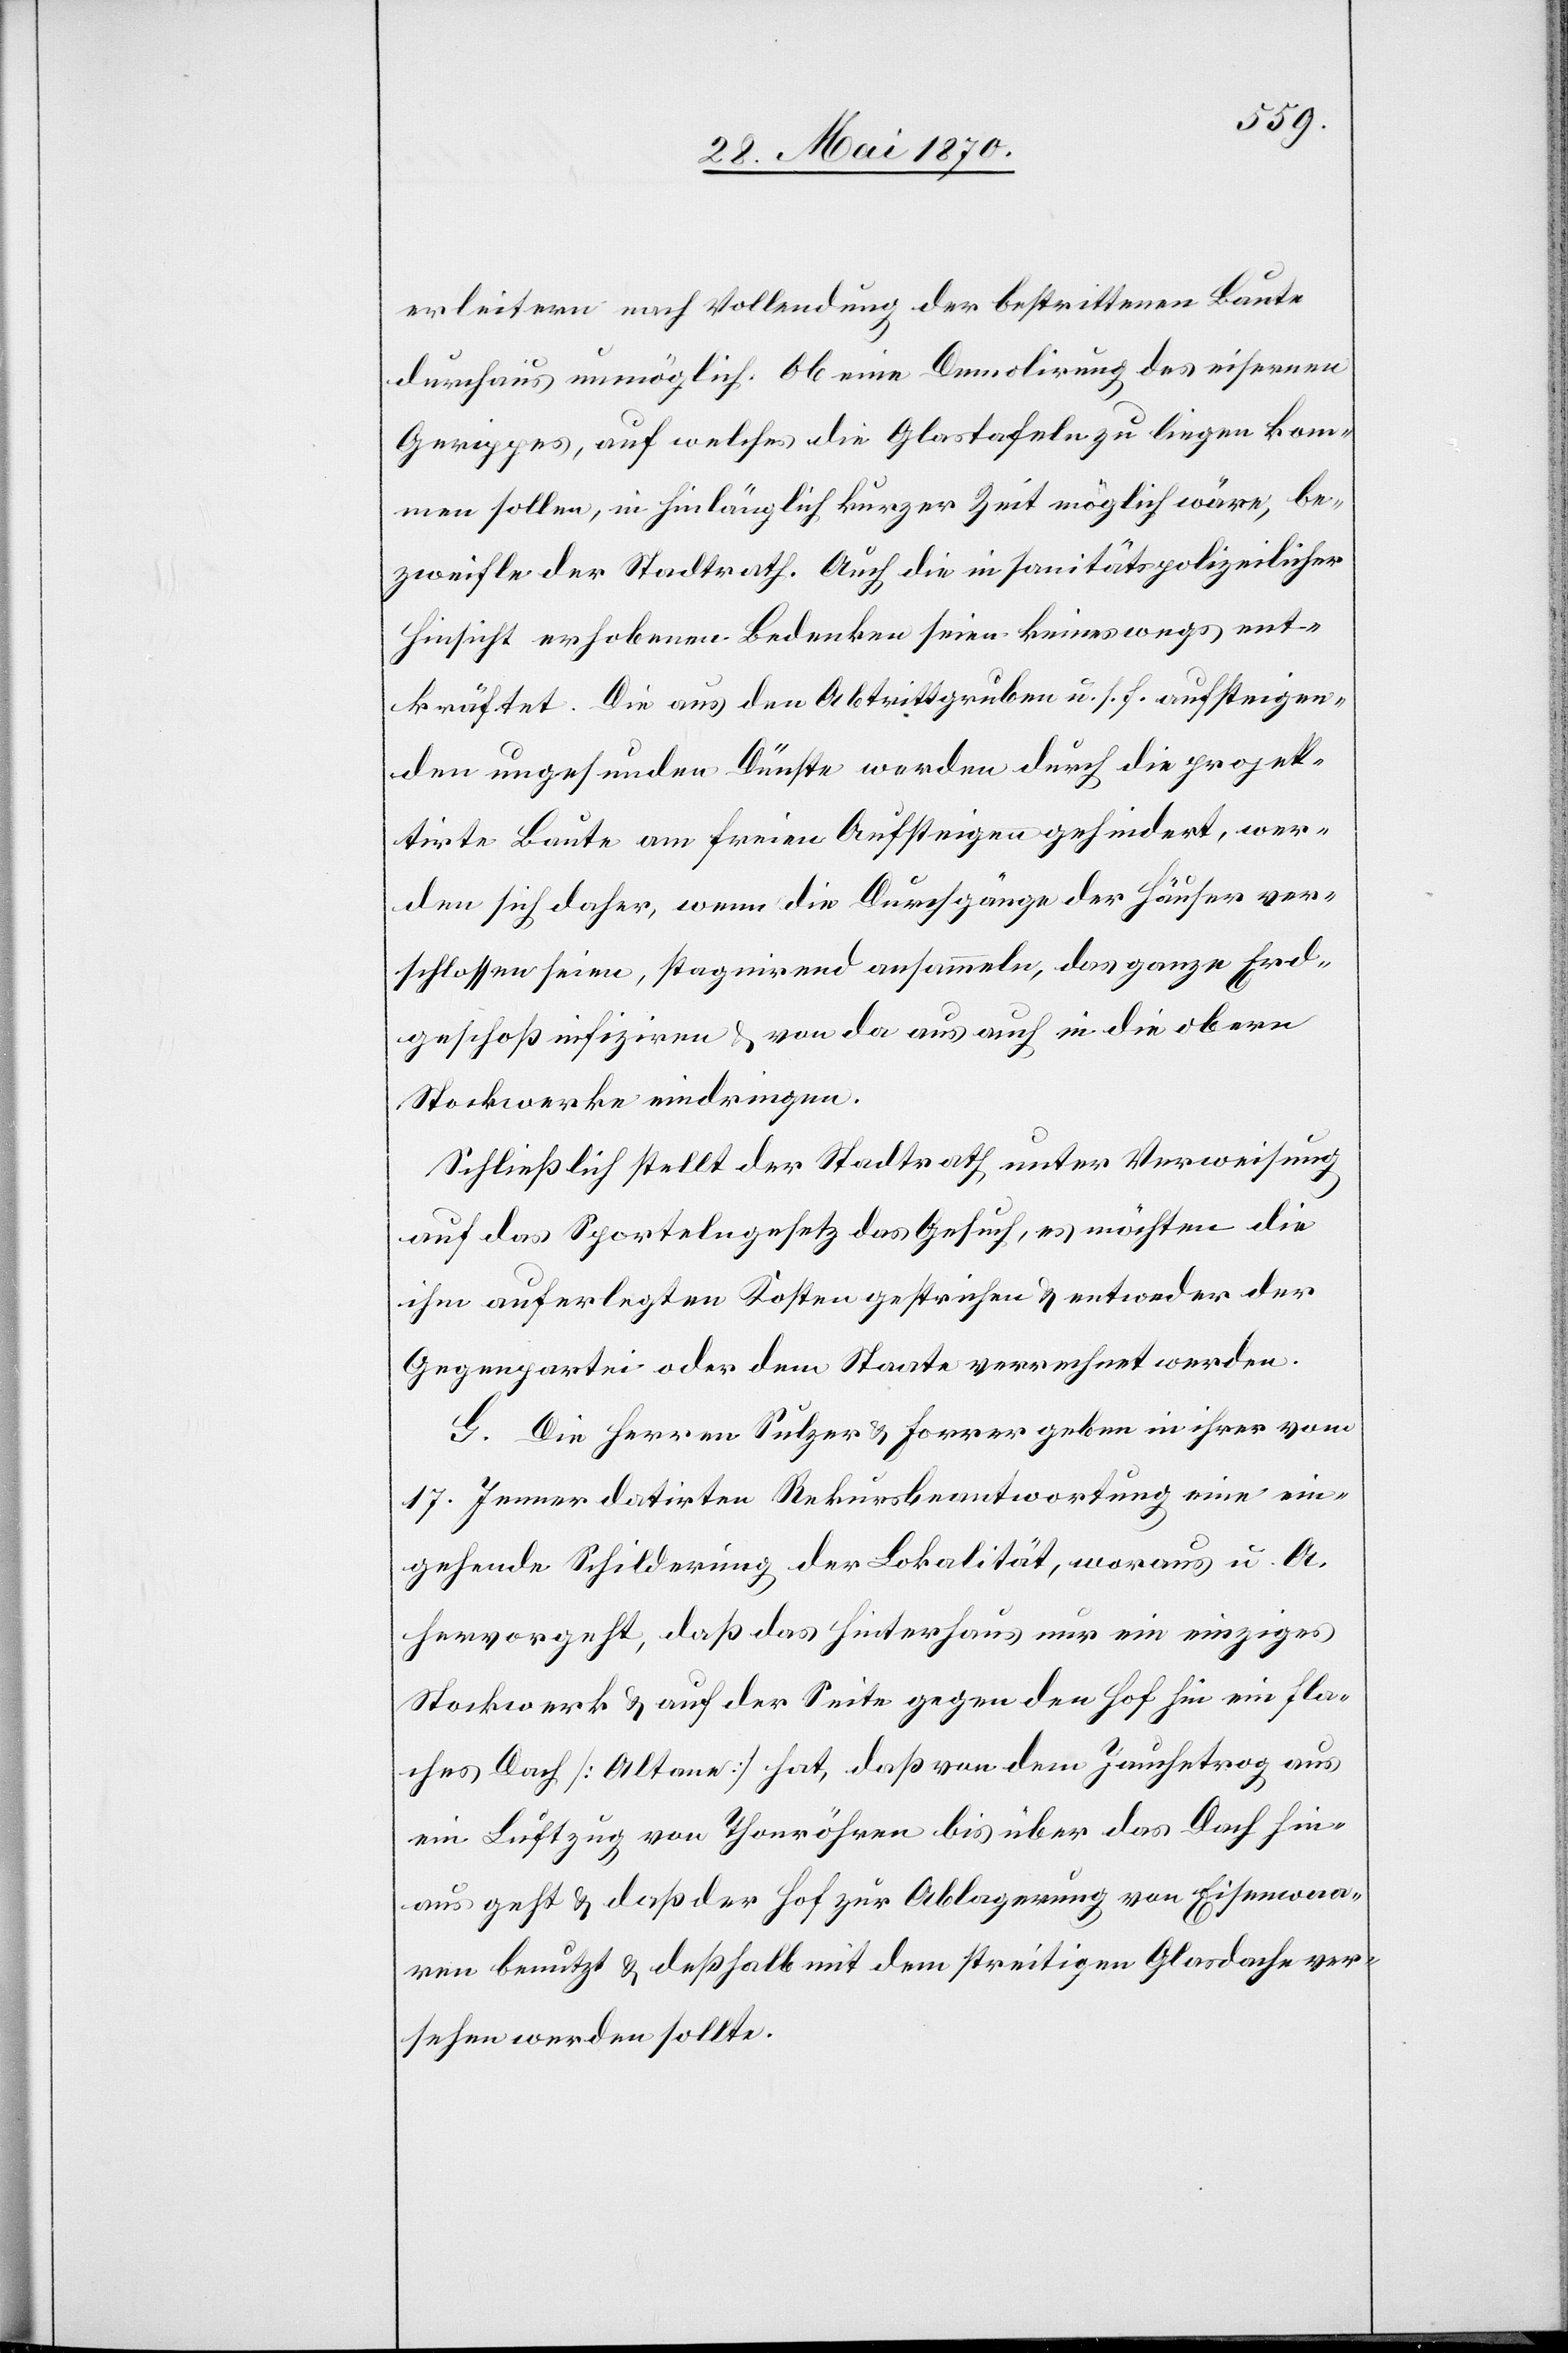
erleitern nach Vollendung der bestrittenen Baute
durchaus unmöglich. Ob eine Demolirung des eisernen
Gerippes, auf welches die Glastafeln zu liegen kom¬
men sollen, in hinlänglich kurzer Zeit möglich wäre, be¬
zweifle der Stadtrath. Auch die in sanitätspolizeilicher
Hinsicht erhobenen Bedenken seien keineswegs ent¬
kräftet. Die aus den Abtrittgruben u. s. f. aufsteigen¬
den ungesunden Dünste werden durch die projek¬
tirte Baute am freien Aufsteigen gehindert, wer¬
den sich daher, wenn die Durchgänge der Häuser ver¬
schlossen seien, stagnirend ansammeln, das ganze Erd¬
geschoß infiziren & von da aus auch in die obern
Stockwerke eindringen.
Schließlich stellt der Stadtrath unter Verweisung
auf das Sportelngesetz das Gesuch, es möchten die
ihm auferlegten Kosten gestrichen & entweder der
Gegenpartei oder dem Staate verrechnet werden.
G. Die Herren Sulzer & Forrer geben in ihrer vom
17. Jenner datirten Rekursbeantwortung eine ein¬
gehende Schilderung der Lokalität, woraus u. A.
hervorgeht, daß das Hinterhaus nur ein einziges
Stockwerk & auf der Seite gegen den Hof hin ein fla¬
ches Dach [Altane] hat, daß von dem Jauchetrog aus
ein Luftzug von Thonröhren bis über das Dach hin¬
aus geht & daß der Hof zur Ablagerung von Eisenwaa¬
ren benutzt & deßhalb mit dem streitigen Glasdache ver¬
sehen werden sollte.